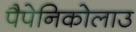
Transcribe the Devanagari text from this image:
पैपेनिकोलाउ